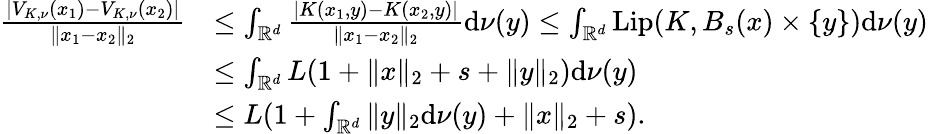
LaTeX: \begin{array}{rl}{\frac{|V_{K,\nu}(x_{1})-V_{K,\nu}(x_{2})|}{\| x_{1}-x_{2}\| _{2}}}&{\le\int_{\mathbb{R}^{d}}\frac{|K(x_{1},y)-K(x_{2},y)|}{\| x_{1}-x_{2}\| _{2}}\mathrm{d}\nu(y)\le\int_{\mathbb{R}^{d}}\mathrm{Lip}(K,B_{s}(x)\times\{ y\} )\mathrm{d}\nu(y)}\\ &{\le\int_{\mathbb{R}^{d}}L(1+\| x\| _{2}+s+\| y\| _{2})\mathrm{d}\nu(y)}\\ &{\le L(1+\int_{\mathbb{R}^{d}}\| y\| _{2}\mathrm{d}\nu(y)+\| x\| _{2}+s).}\end{array}